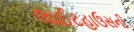
લાઈટહાઉસની